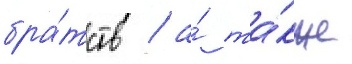
бра́тств / а́ та́кже